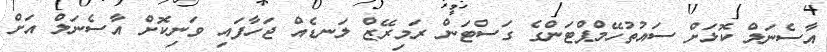
އާސެނަލް ކޮޅަށް ސައުތުހޭމްޕްޓަންގެ ގަސްޓަން ރަމިރޭޒް ލަނޑެއް ޖަހާފައި ވަނިކޮށް އާސެނަލް އަށް